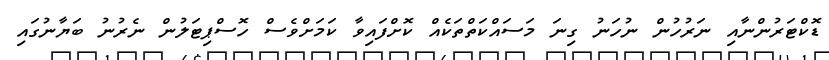
ޑޮކްޓަރުންނާއި ނަރުހުން ނުހަނު ގިނަ މަސައްކަތްތަކެއް ކޮށްފައިވާ ކަމަށްވެސް ހޮސްޕިޓަލުން ނެރުނު ބަޔާނުގައި